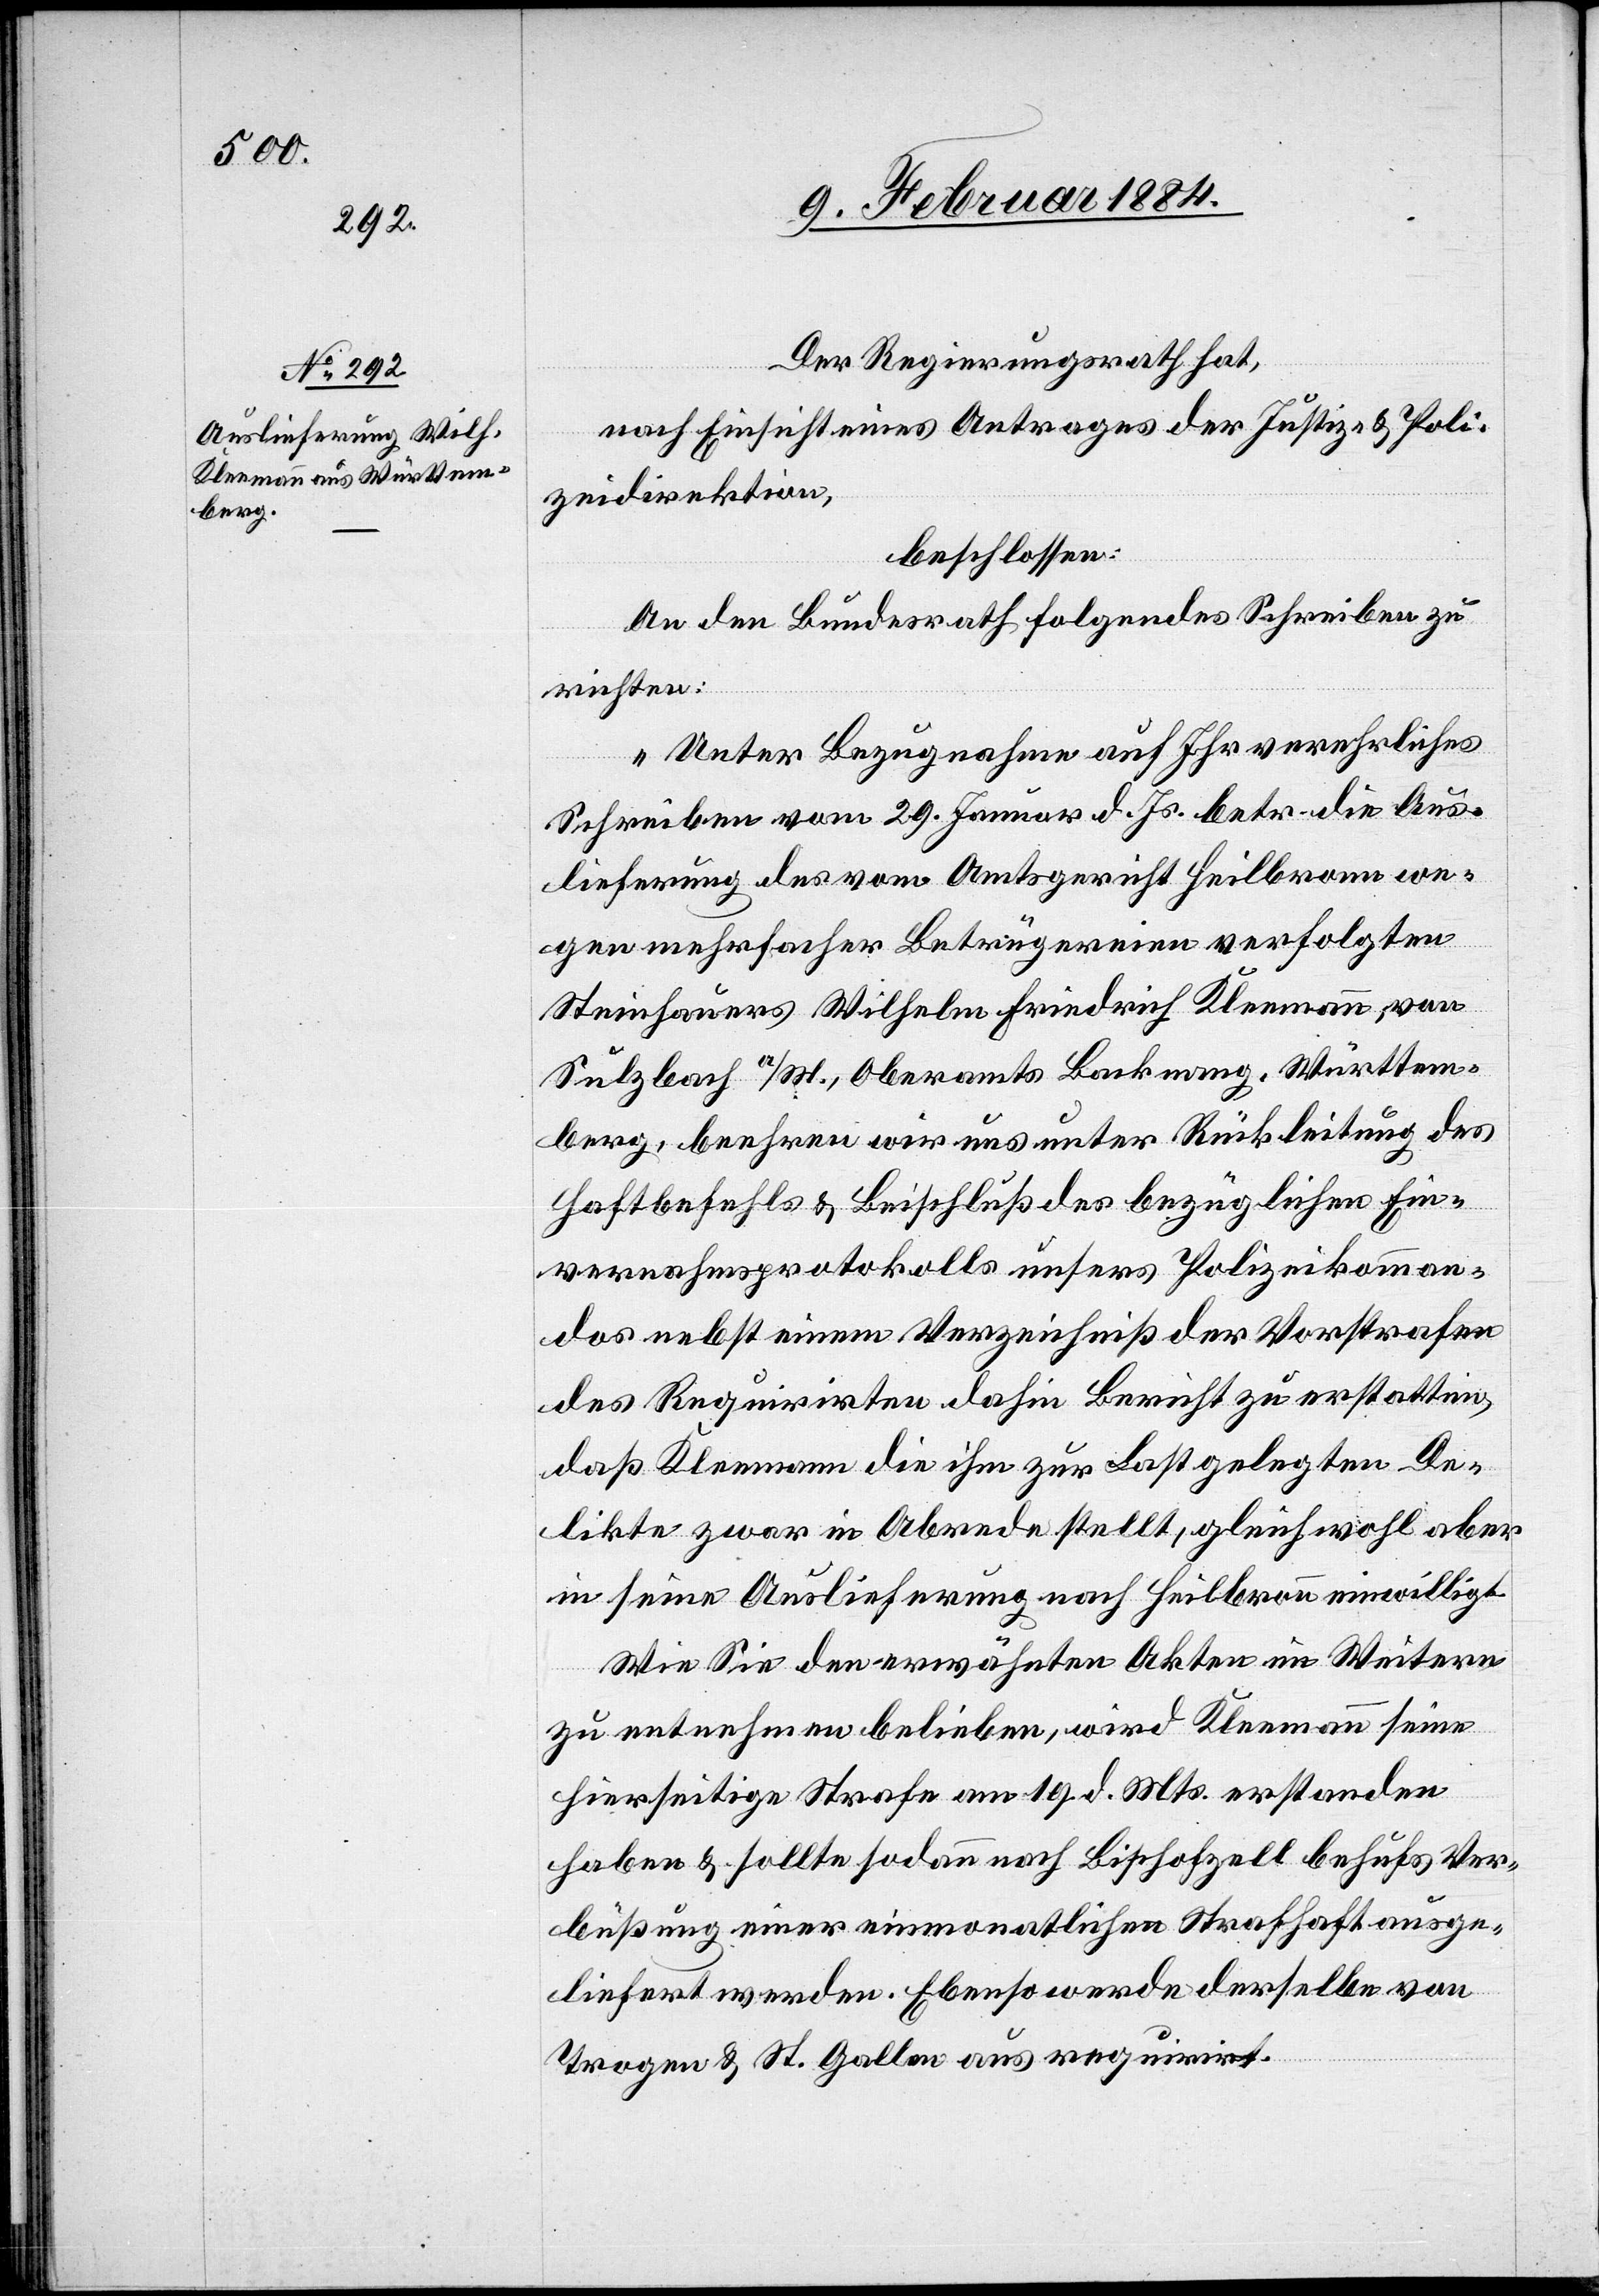
Der Regierungsrath hat,
nach Einsicht eines Antrages der Justiz- & Poli¬
zeidirektion,
beschlossen:
An den Bundesrath folgendes Schreiben zu
richten:
„Unter Bezugnahme auf Ihr verehrliches
Schreiben vom 29. Januar d. Js. betr. die Aus¬
lieferung des vom Amtsgericht Heilbronn we¬
gen mehrfacher Betrügereien verfolgten
Steinhauers Wilhelm Friedrich Kleemann, von
Sulzbach a/M., Oberamts Backnang, Württem¬
berg, beehren wir uns unter Rückleitung des
Haftbefehls & Beschluß des bezüglichen Ein¬
vernahmsprotokolls unseres Polizeikomman¬
dos nebst einem Verzeichniß der Vorstrafen
des Requirirten dahin Bericht zu erstatten,
daß Kleemann die ihm zur Last gelegten De¬
likte zwar in Abrede stellt, gleich wohl aber
in seine Auslieferung nach Heilbronn einwilligt.
Wie Sie den erwähnten Akten im Weitern
zu entnehmen belieben, wird Kleemann seine
hierseitige Strafe am 19. d. Mts. erstanden
haben & sollte sodann nach Bischofzell behufs Ver¬
büßung einer einmonatlichen Strafhaft ausge¬
liefert werden. Ebenso werde derselbe von
Trogen & St. Gallen aus requirirt.